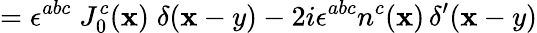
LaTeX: =\epsilon^{abc}\; J_{0}^{c}(\mathbf{x})\; \delta(\mathbf{x}-y)-2i\epsilon^{abc}n^{c}(\mathbf{x})\, \delta^{\prime}(\mathbf{x}-y)